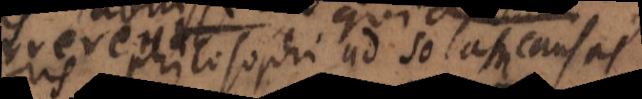
philosophi ad solas causas